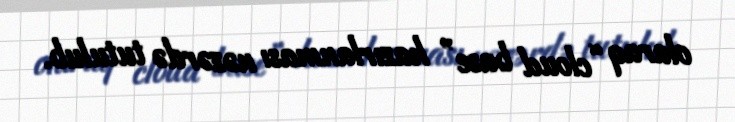
olaraq “cloud base” hazırlanması nəzərdə tutulub.